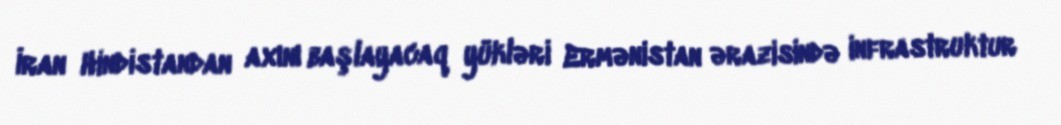
İran Hindistandan axını başlayacaq yükləri Ermənistan ərazisində infrastruktur